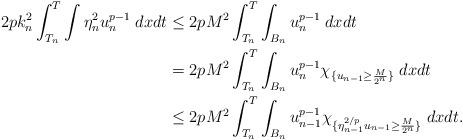
LaTeX: \begin{align*}2 p k_n^2 \int_{T_n}^{T}\int \eta_n^2 u_n^{p-1}\;dxdt \le &\; 2 p M^2 \int_{T_n}^{T}\int_{B_n} u_n^{p-1}\;dxdt \\= &\; 2 p M^2 \int_{T_n}^{T}\int_{B_n} u_n^{p-1}\chi_{\{u_{n-1}\ge \frac{M}{2^{n}}\}}\;dxdt\\\le & \;2 p M^2 \int_{T_n}^{T}\int_{B_n} u_{n-1}^{p-1}\chi_{\{\eta_{n-1}^{2/p}u_{n-1}\ge \frac{M}{2^{n}}\}}\;dxdt.\end{align*}